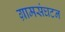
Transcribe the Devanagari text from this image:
ग्रामसंघटन